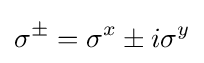
\sigma ^{\pm }=\sigma ^{x}\pm i\sigma ^{y}